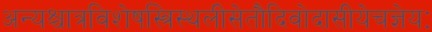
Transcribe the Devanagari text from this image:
अन्यश्चात्रविशेषस्त्रिस्थलीसेतौदिवोदासीयेचज्ञेयः